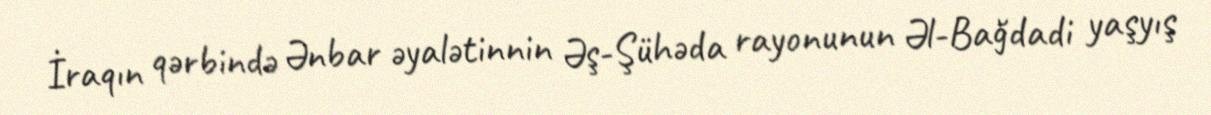
İraqın qərbində Ənbar əyalətinnin Əş-Şühəda rayonunun Əl-Bağdadi yaşyış